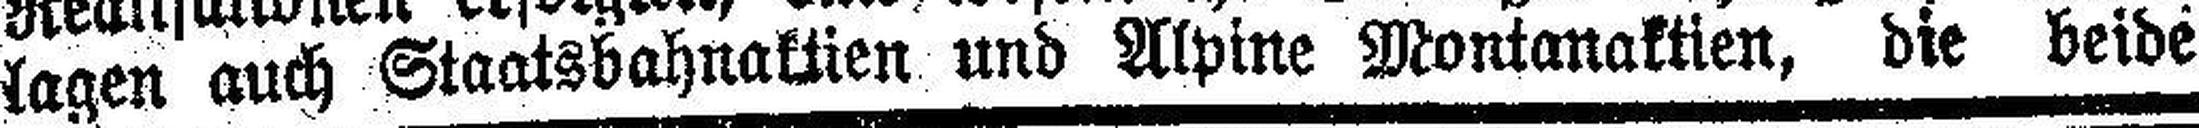
lagen auch Staatsbahnaktien und Alpine Montanaktien, die beide